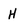
Character: H